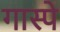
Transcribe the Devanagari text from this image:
गास्पे